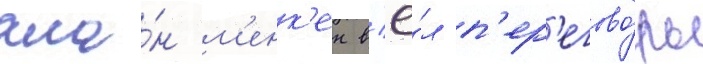
ала́н м'енк'ен в'ё́л п'ер'егово́ры